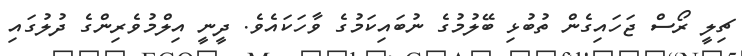
ޗިލީ ރޯސް ޖަހައިގެން ތުބުޅި ބޭލުމުގެ ނުބައިކަމުގެ ވާހަކައެވެ. ދީނީ އިލްމުވެރިންގެ ދުލުގައި